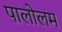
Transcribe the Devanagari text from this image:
पालोलम